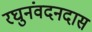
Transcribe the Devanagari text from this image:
रघुनंवदनदास